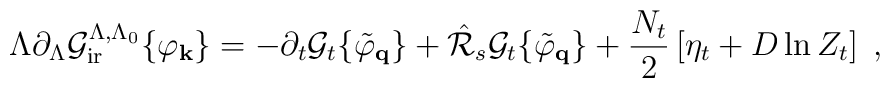
\Lambda \partial_{\Lambda} {\cal{G}}_{\rm ir}^{\Lambda , \Lambda_0} \{ \varphi_{\bf{k}} \} =  - \partial_t {\cal{G}}_t \{ \tilde{\varphi}_{\bf{q}} \} + \hat{\cal{R}}_{s}   {\cal{G}}_t \{ \tilde{\varphi}_{\bf{q}} \} + \frac{N_t}{2} \left[ \eta_t + D \ln Z_t \right] \; ,